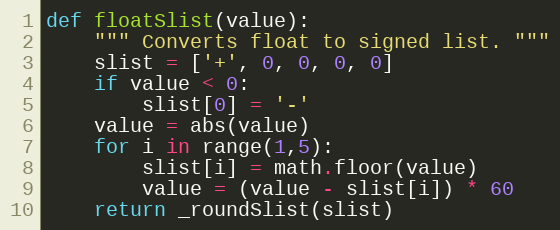
Language: Python
def floatSlist(value):
    """ Converts float to signed list. """
    slist = ['+', 0, 0, 0, 0]
    if value < 0:
        slist[0] = '-'
    value = abs(value)
    for i in range(1,5):
        slist[i] = math.floor(value)
        value = (value - slist[i]) * 60
    return _roundSlist(slist)